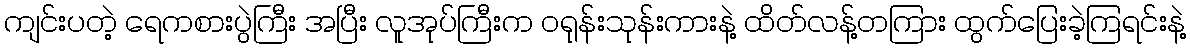
ကျင်းပတဲ့ ရေကစားပွဲကြီး အပြီး လူအုပ်ကြီးက ဝရုန်းသုန်းကားနဲ့ ထိတ်လန့်တကြား ထွက်ပြေးခဲ့ကြရင်းနဲ့